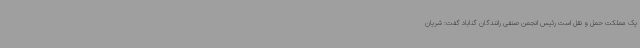
یک مملکت حمل و نقل است رئیس انجمن صنفی رانندگان گناباد گفت: شریان